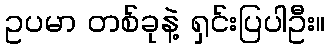
ဥပမာ တစ်ခုနဲ့ ရှင်းပြပါဦး။